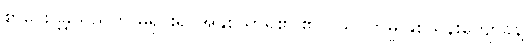
စာပေးပို့ခဲ့သည်ဟု မရှင်း၍ အနှစ်သာရ၏ ၏လည်ပတ်မှု နှစ်သိန်းကျော်ခန့်